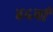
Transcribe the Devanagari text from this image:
४५वाँ